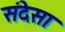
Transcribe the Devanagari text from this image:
संदेसा